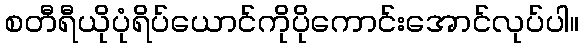
စတီရီယိုပုံရိပ်ယောင်ကိုပိုကောင်းအောင်လုပ်ပါ။